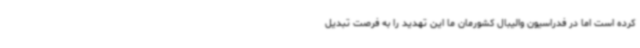
کرده است اما در فدراسیون والیبال کشورمان ما این تهدید را به فرصت تبدیل